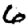
Digit: 6